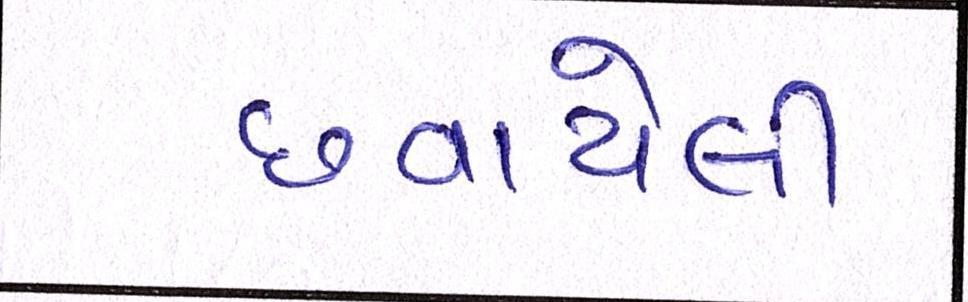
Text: છવાયેલી